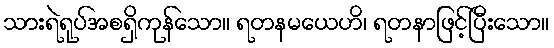
သားရဲရုပ်အစရှိကုန်သော။ ရတနမယေဟိ၊ ရတနာဖြင့်ပြီးသော။